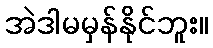
အဲဒါမမှန်နိုင်ဘူး။